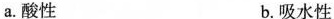
a.酸性 b.吸水性